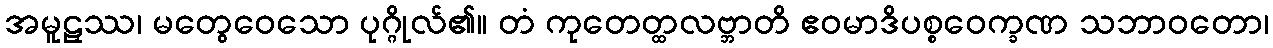
အမူဠှဿ၊ မတွေဝေသော ပုဂ္ဂိုလ်၏။ တံ ကုတေတ္ထလဗ္ဘာတိ ဧဝမာဒိပစ္စဝေက္ခဏ သဘာဝတော၊